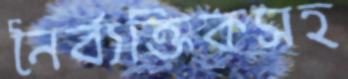
নৈর্ব্যক্তিকসহ